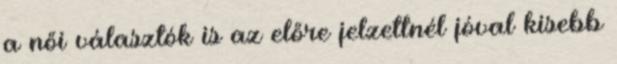
a női választók is az előre jelzettnél jóval kisebb